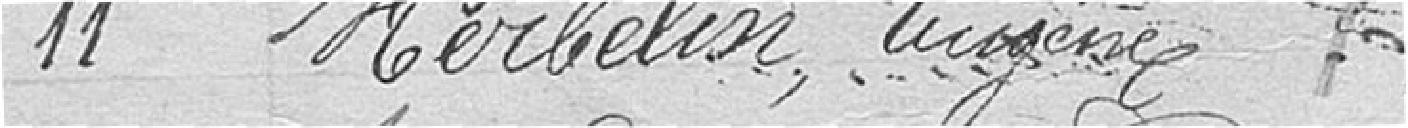
11. HERBELIN, Eugène